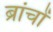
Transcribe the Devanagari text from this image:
ब्रांचों